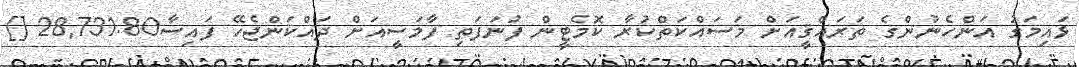
ޅައިމަގު އަންހެނުންގެ ތަރައްޤީއަށް މަސައްކަތްކުރާ ކޮމެޓީން ފުނަފަތި ފާމަސީއަށް ދައްކަންޖެހޭ ފައިސާ28